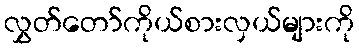
လွှတ်တော်ကိုယ်စားလှယ်များကို